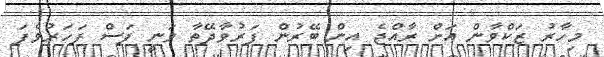
މިހާރު ޒަކްވާން އަށް ރާއްޖެ އިން ބޭރުން ފަރުވާދޭތާ ވަނީ ފަސް ފަހަރުވެފަ